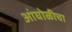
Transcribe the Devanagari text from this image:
आंघोळीचा